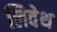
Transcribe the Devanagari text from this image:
लिवेथ